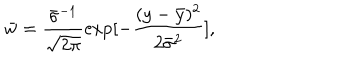
{ \bar { w } } = \frac { { \bar { \sigma } ^ { - 1 } } } { \sqrt { 2 \pi } } \exp [ - \frac { ( y - { \bar { y } } ) ^ { 2 } } { 2 { \bar { \sigma } } ^ { 2 } } ] ,